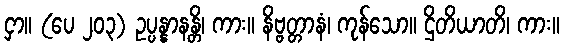
ငှာ။ (ပေ ၂၀၃) ဥပ္ပန္နာနန္တိ၊ ကား။ နိဗ္ဗတ္တာနံ၊ ကုန်သော။ ဌိတိယာတိ၊ ကား။